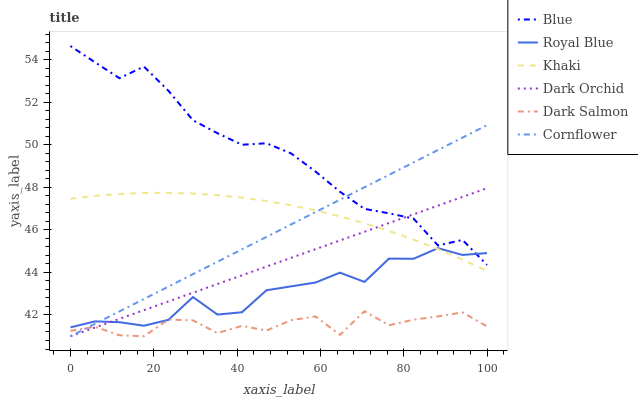
| xaxis_label | Blue | Royal Blue | Khaki | Dark Orchid | Dark Salmon | Cornflower |
 | --- | --- | --- | --- | --- | --- | --- |
 | 0 | 54.6 | 41.4 | 47.5 | 41 | 41.3 | 41 |
 | 5.88 | 53.9 | 41.7 | 47.6 | 41.4 | 41.4 | 41.6 |
 | 11.8 | 53.1 | 41.7 | 47.7 | 41.8 | 41 | 42.2 |
 | 17.6 | 53.7 | 41.5 | 47.7 | 42.2 | 41 | 42.8 |
 | 23.5 | 52.5 | 41.8 | 47.7 | 42.6 | 41.8 | 43.3 |
 | 29.4 | 51.2 | 42.8 | 47.7 | 43 | 41.7 | 43.9 |
 | 35.3 | 50.5 | 42 | 47.6 | 43.5 | 41.2 | 44.5 |
 | 41.2 | 50 | 42.1 | 47.5 | 43.9 | 41.5 | 45.1 |
 | 47.1 | 50.1 | 43.2 | 47.4 | 44.3 | 41.3 | 45.7 |
 | 52.9 | 49.6 | 43.3 | 47.2 | 44.7 | 41.8 | 46.3 |
 | 58.8 | 48.7 | 43.5 | 46.9 | 45.1 | 41.9 | 46.8 |
 | 64.7 | 47.8 | 44 | 46.6 | 45.5 | 41.1 | 47.4 |
 | 70.6 | 47 | 43.6 | 46.3 | 45.9 | 42.2 | 48 |
 | 76.5 | 46.8 | 44.7 | 45.9 | 46.3 | 41.5 | 48.6 |
 | 82.4 | 46.5 | 44.6 | 45.5 | 46.7 | 41.8 | 49.2 |
 | 88.2 | 45.3 | 45.1 | 45.1 | 47.1 | 41.9 | 49.8 |
 | 94.1 | 45.5 | 44.8 | 44.6 | 47.6 | 42.1 | 50.3 |
 | 100 | 44.4 | 44.9 | 44.1 | 48 | 41.5 | 50.9 |